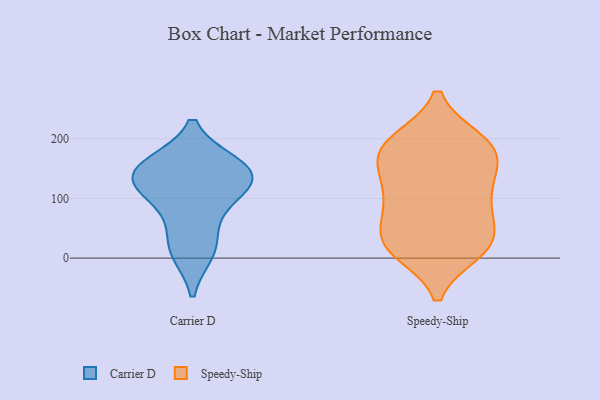
{"axis": {"x": "Backlog", "y": "Value"}, "legend": ["Carrier D", "Speedy-Ship"], "data": [{"x": "", "y": 65, "type": "Carrier D"}, {"x": "", "y": 128, "type": "Carrier D"}, {"x": "", "y": 155, "type": "Carrier D"}, {"x": "", "y": 157, "type": "Carrier D"}, {"x": "", "y": 106, "type": "Carrier D"}, {"x": "", "y": 10, "type": "Carrier D"}, {"x": "", "y": 123, "type": "Carrier D"}, {"x": "", "y": 133, "type": "Carrier D"}, {"x": "", "y": 16, "type": "Carrier D"}, {"x": "", "y": 153, "type": "Carrier D"}, {"x": "", "y": 77, "type": "Speedy-Ship"}, {"x": "", "y": 91, "type": "Speedy-Ship"}, {"x": "", "y": 191, "type": "Speedy-Ship"}, {"x": "", "y": 12, "type": "Speedy-Ship"}, {"x": "", "y": 23, "type": "Speedy-Ship"}, {"x": "", "y": 33, "type": "Speedy-Ship"}, {"x": "", "y": 39, "type": "Speedy-Ship"}, {"x": "", "y": 15, "type": "Speedy-Ship"}, {"x": "", "y": 150, "type": "Speedy-Ship"}, {"x": "", "y": 20, "type": "Speedy-Ship"}, {"x": "", "y": 149, "type": "Speedy-Ship"}, {"x": "", "y": 108, "type": "Speedy-Ship"}, {"x": "", "y": 189, "type": "Speedy-Ship"}, {"x": "", "y": 196, "type": "Speedy-Ship"}, {"x": "", "y": 191, "type": "Speedy-Ship"}, {"x": "", "y": 92, "type": "Speedy-Ship"}, {"x": "", "y": 141, "type": "Speedy-Ship"}, {"x": "", "y": 181, "type": "Speedy-Ship"}]}